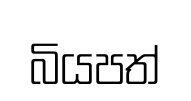
බියපත්